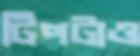
টিপটাও